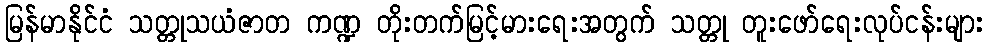
မြန်မာနိုင်ငံ သတ္တုသယံဇာတ ကဏ္ဍ တိုးတက်မြင့်မားရေးအတွက် သတ္တု တူးဖော်ရေးလုပ်ငန်းများ